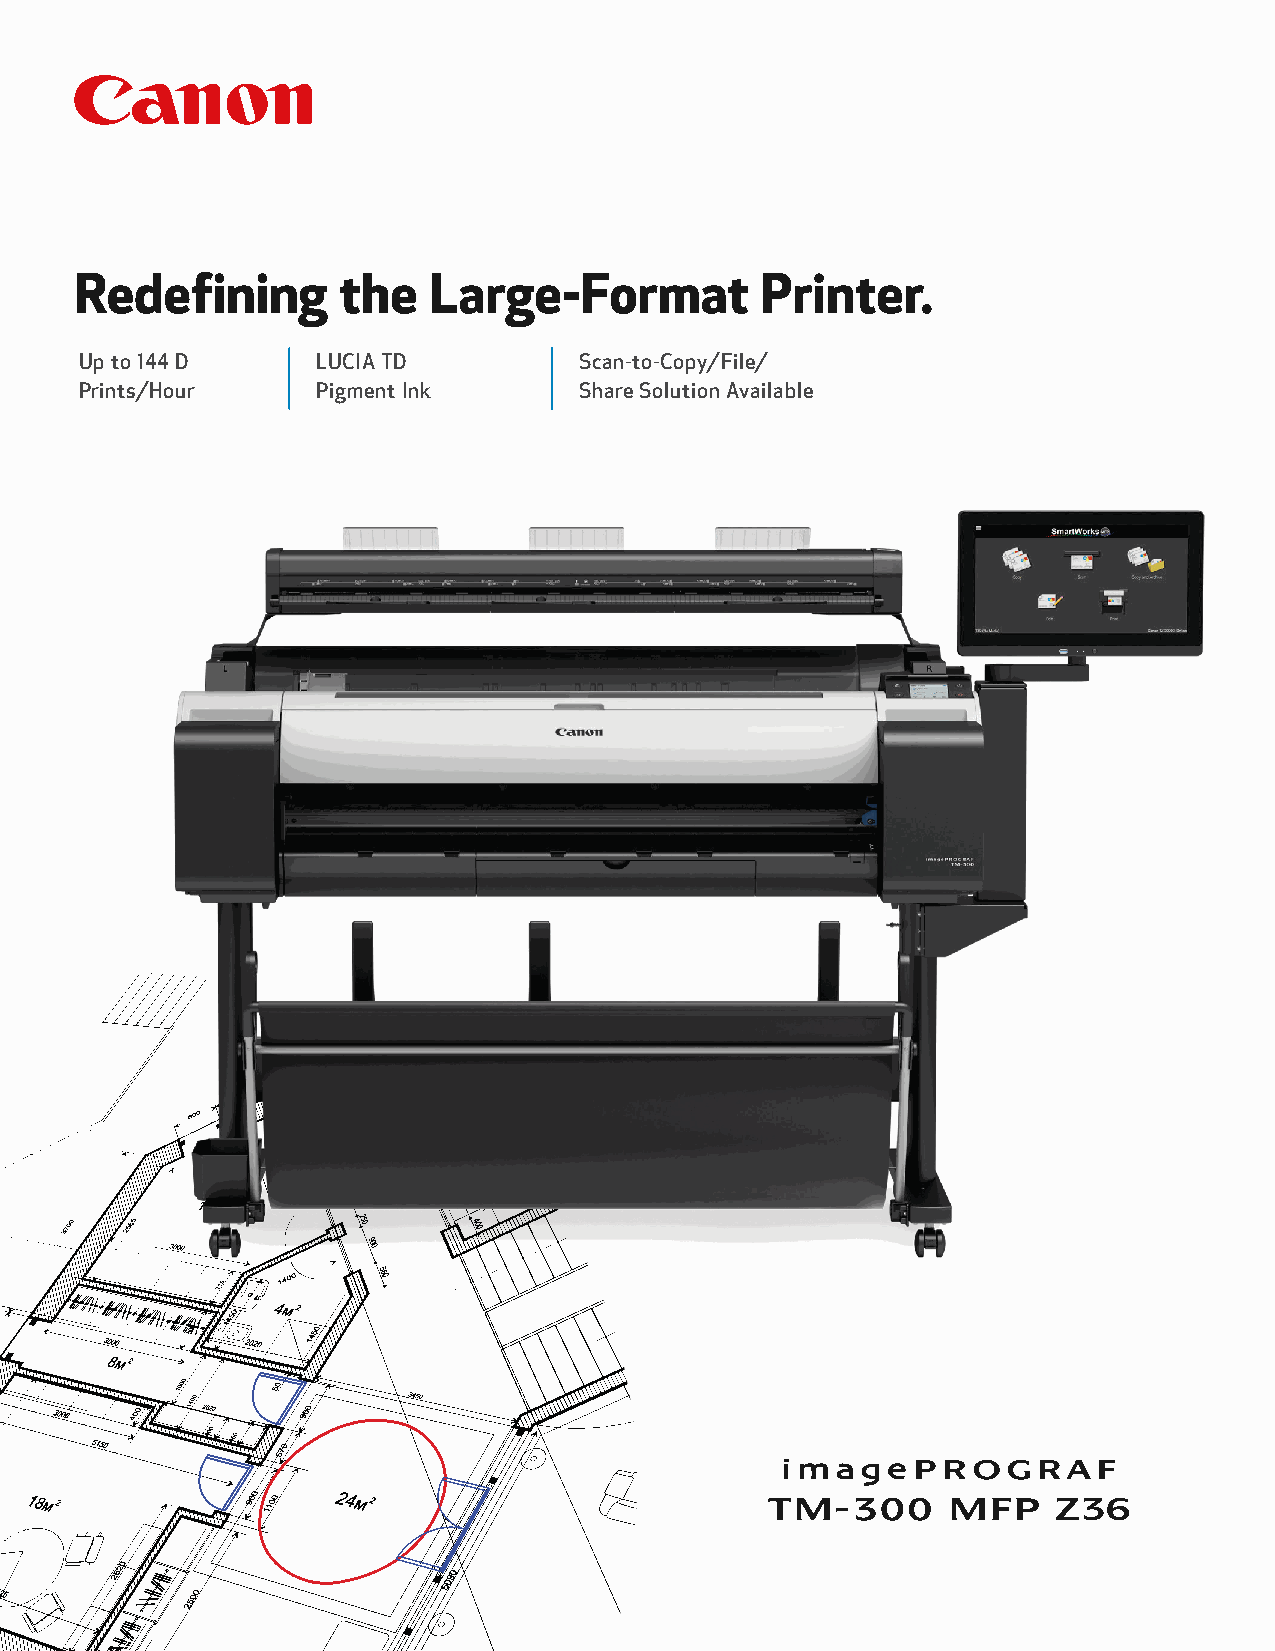
Redefining       the   Large-Format          Printer.
 Up to 144 D     LUCIA TD         Scan-to-Copy/File/
 Prints/Hour     Pigment Ink      Share Solution Available